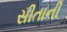
સીતાની